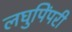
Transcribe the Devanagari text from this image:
लघुपिंपरी